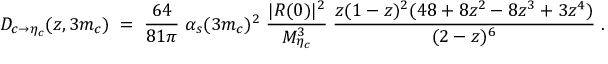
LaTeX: { D _ { c \rightarrow \eta _ { c } } ( z , 3 m _ { c } ) \; = \; { \frac { 6 4 } { 8 1 \pi } } \; \alpha _ { s } ( 3 m _ { c } ) ^ { 2 } \; { \frac { | R ( 0 ) | ^ { 2 } } { M _ { \eta _ { c } } ^ { 3 } } } \; { \frac { z ( 1 - z ) ^ { 2 } ( 4 8 + 8 z ^ { 2 } - 8 z ^ { 3 } + 3 z ^ { 4 } ) } { ( 2 - z ) ^ { 6 } } } \; . }